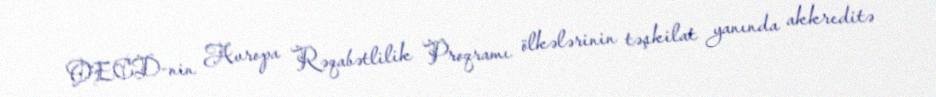
OECD-nin Avropa Rəqabətlilik Proqramı ölkələrinin təşkilat yanında akkreditə